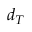
d _ { T }